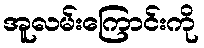
အူလမ်းကြောင်းကို